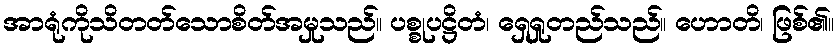
အာရုံကိုသိတတ်သောစိတ်အမှုသည်။ ပစ္စုပဋ္ဌိတံ၊ ရှေရှုတည်သည်။ ဟောတိ၊ ဖြစ်၏။